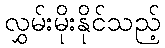
လွှမ်းမိုးနိုင်သည့်